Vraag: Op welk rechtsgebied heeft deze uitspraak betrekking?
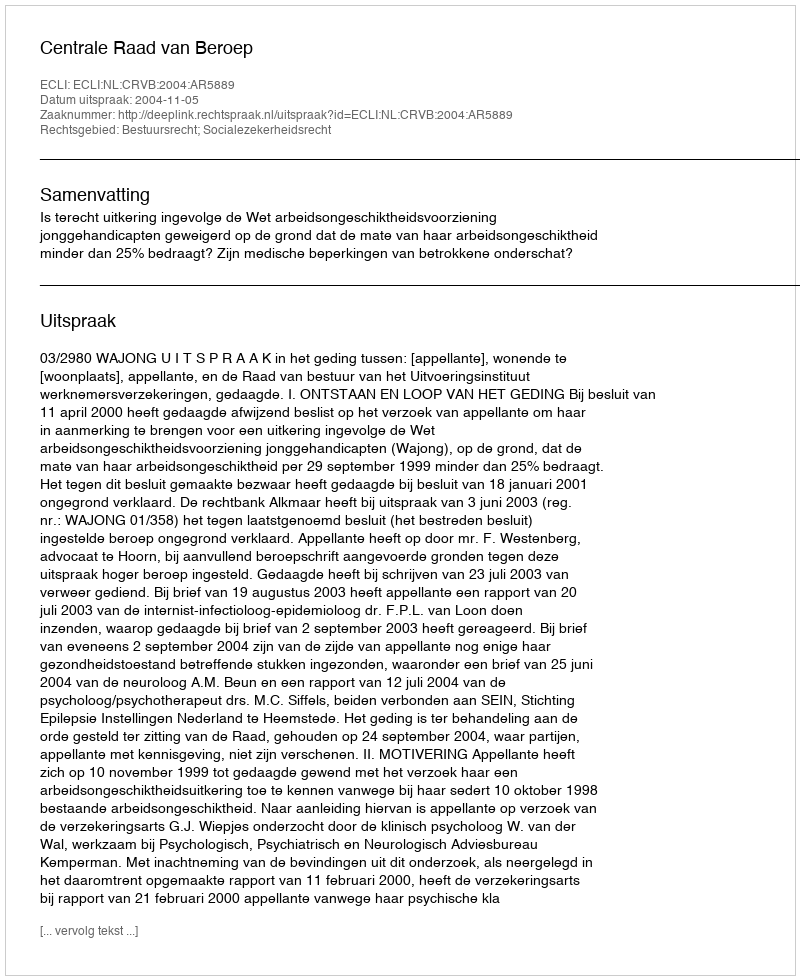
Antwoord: Bestuursrecht; Socialezekerheidsrecht